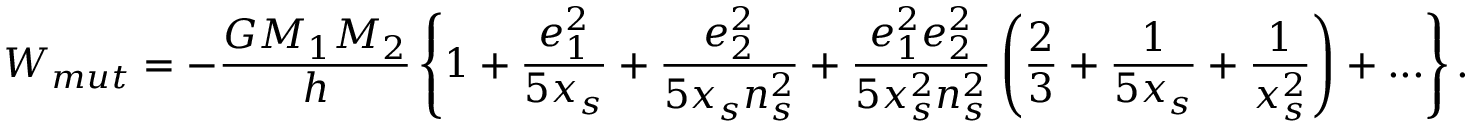
W _ { m u t } = \displaystyle - \frac { G M _ { 1 } M _ { 2 } } { h } \left\lbrace 1 + \frac { e _ { 1 } ^ { 2 } } { 5 x _ { s } } + \frac { e _ { 2 } ^ { 2 } } { 5 x _ { s } n _ { s } ^ { 2 } } + \frac { e _ { 1 } ^ { 2 } e _ { 2 } ^ { 2 } } { 5 x _ { s } ^ { 2 } n _ { s } ^ { 2 } } \left( \frac { 2 } { 3 } + \frac { 1 } { 5 x _ { s } } + \frac { 1 } { x _ { s } ^ { 2 } } \right) + . . . \right\rbrace .